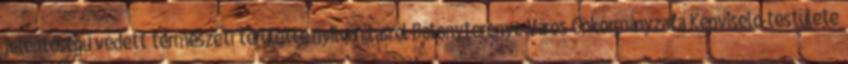
jelentőségű védett természeti területté nyilvánításról Bátonyterenye Város Önkormányzata Képviselő-testülete